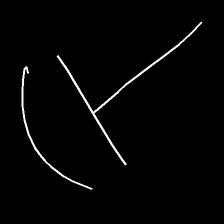
Glyph: dispersion